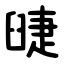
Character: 䑖